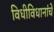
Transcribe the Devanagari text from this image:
विधीविधानांचे